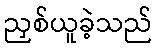
ညှစ်ယူခဲ့သည်